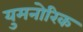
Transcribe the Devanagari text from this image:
युमनोरिक